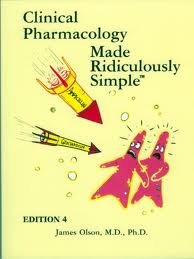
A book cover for Clinical Pharmacology Made Ridiculously Simple 4th (forth) edition; James Olson; Medical Books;